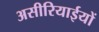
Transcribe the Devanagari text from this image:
असीरियाईयों